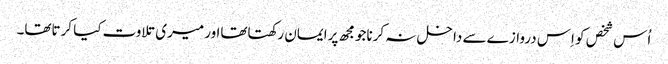
اُس شخص کو اِس دروازے سے داخل نہ کرناجومجھ پرایمان رکھتاتھااور میری تلاوت کیا کرتاتھا۔